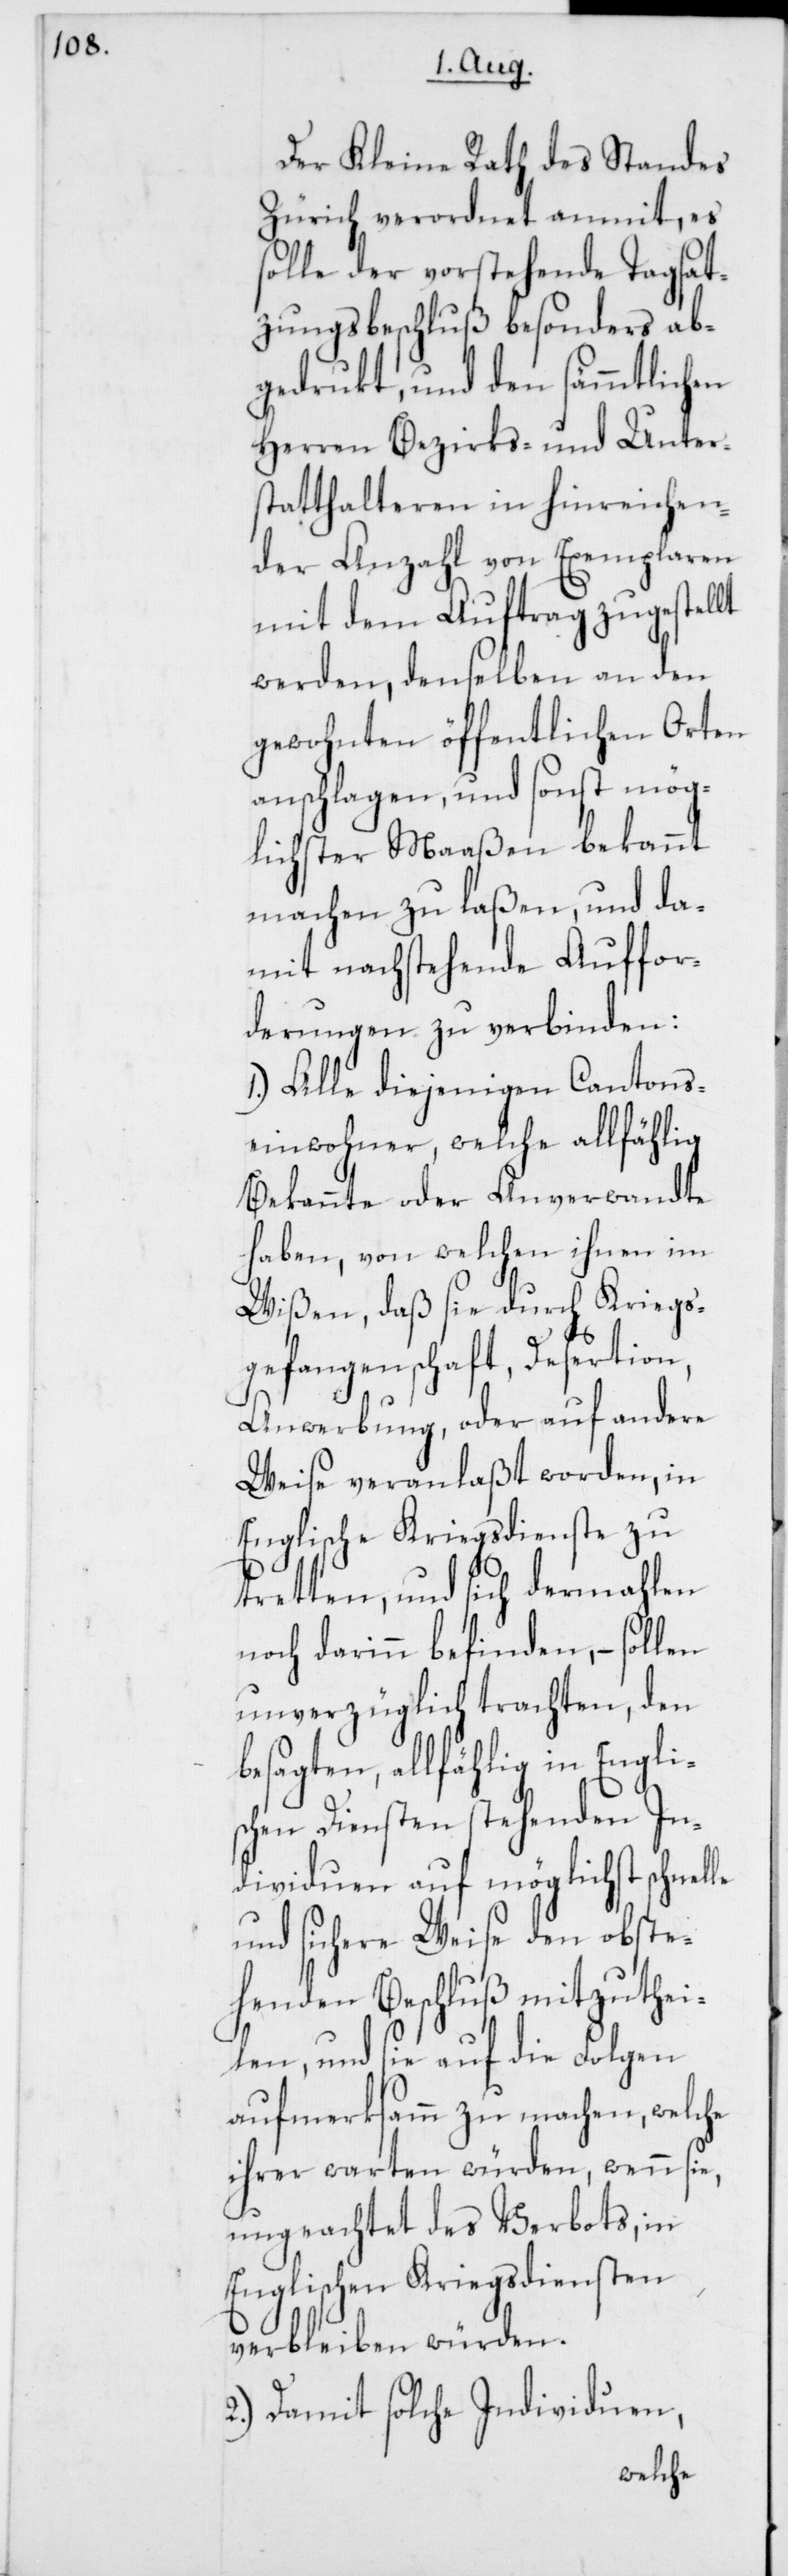
Der Kleine Rath des Standes
Zürich verordnet anmit, es
solle der vorstehende Tagsat¬
zungsbeschluß besonders ab¬
gedrukt, und den sämmtlichen
Herren Bezirks- und Unter¬
statthalteren in hinreichen¬
der Anzahl von Exemplaren
mit dem Auftrag zugestellt
werden, denselben an den
gewohnten öffentlichen Orten
anschlagen, und sonst mög¬
lichster Maaßen bekannt
machen zu laßen, und da¬
mit nachstehende Auffor¬
derungen zu verbinden:
1.) Alle diejenigen Cantons¬
einwohner, welche allfählig
Bekannte oder Anverwandte
haben, von welchen ihnen im
Wißen, daß sie durch Kriegs¬
gefangenschaft, Desertion,
Anwerbung oder auf andere
Weise veranlaßt worden, in
Englische Kriegsdienste zu
tretten, und sich dermahlen
noch darinn befinden, – sollen
unverzüglich trachten, den
besagten, allfählig in Engli¬
schen Diensten stehenden In¬
dividuen auf möglichst schnelle
und sichere Weise den obste¬
henden Beschluß mitzuthei¬
len, und sie auf die Folgen
aufmerksam zu machen, welche
ihrer warten würden, wenn sie,
ungeachtet des Verbots, in
Englischen Kriegsdiensten
verbleiben würden.
2.) Damit solche Individuen,